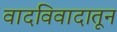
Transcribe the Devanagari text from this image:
वादविवादातून